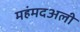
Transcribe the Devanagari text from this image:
महंमदअली